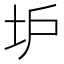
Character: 𡉴